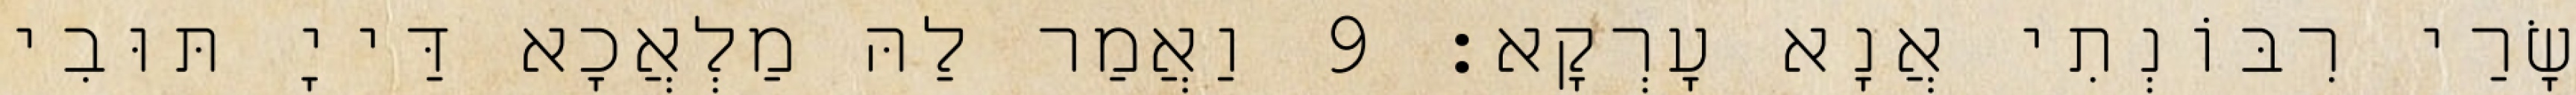
שָׂרַי רִבּוֹנְתִי אֲנָא עָרְקָא׃ 9 וַאֲמַר לַהּ מַלְאֲכָא דַּייָ תּוּבִי